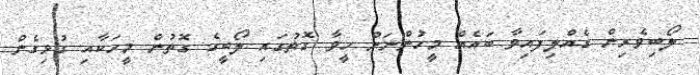
ލޯބިވެރިން ގެއްލިފައިވާ ބައެއް މީހުންނަށް ހީވާ ގޮތުގައި ލޯބީގެ ގޮތުން މީހަކާއި ގުޅިގެން